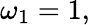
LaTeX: \omega_{1}=1,